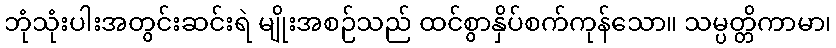
ဘုံသုံးပါးအတွင်းဆင်းရဲ မျိုးအစဉ်သည် ထင်စွာနှိပ်စက်ကုန်သော။ သမ္ပတ္တိကာမာ၊